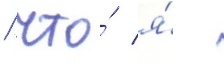
/ что́ я́